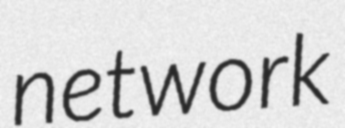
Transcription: network